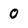
Character: 0